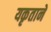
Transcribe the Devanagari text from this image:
यकृताने